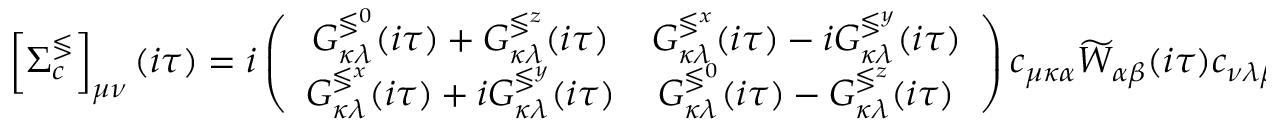
\left[ \Sigma _ { c } ^ { \lessgtr } \right] _ { \mu \nu } ( i \tau ) = i \left( \begin{array} { c c } { G _ { \kappa \lambda } ^ { \lessgtr ^ { 0 } } ( i \tau ) + G _ { \kappa \lambda } ^ { \lessgtr ^ { z } } ( i \tau ) } & { G _ { \kappa \lambda } ^ { \lessgtr ^ { x } } ( i \tau ) - i G _ { \kappa \lambda } ^ { \lessgtr ^ { y } } ( i \tau ) } \\ { G _ { \kappa \lambda } ^ { \lessgtr ^ { x } } ( i \tau ) + i G _ { \kappa \lambda } ^ { \lessgtr ^ { y } } ( i \tau ) } & { G _ { \kappa \lambda } ^ { \lessgtr ^ { 0 } } ( i \tau ) - G _ { \kappa \lambda } ^ { \lessgtr ^ { z } } ( i \tau ) } \end{array} \right) c _ { \mu \kappa \alpha } \widetilde { W } _ { \alpha \beta } ( i \tau ) c _ { \nu \lambda \beta } .